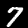
Label: 7